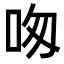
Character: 𠰯